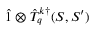
\hat { 1 } \otimes \hat { T } _ { q } ^ { k \dagger } ( S , S ^ { \prime } )